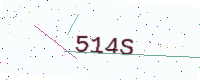
Text: 514S